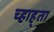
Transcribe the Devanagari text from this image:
च्हाह्ता